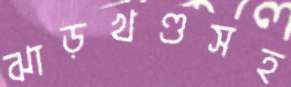
ঝাড়খণ্ডসহ